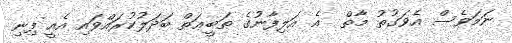
ނަމަވެސް އެވަގުތު މާތް  އެ އަލިފާނުގެ ޠަބީޢަތް ބަދަލުކުރައްވައި އެއީ ފިނި